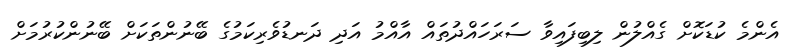
އެންމެ ކުޑަކޮށް ގެއްލުން ލިބިފައިވާ ސަރަހައްދުތައް އާއްމު އަދި ދަނޑުވެރިކަމުގެ ބޭނުންތަކަށް ބޭނުންކުރުމަށް